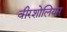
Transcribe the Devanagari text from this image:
वीरशोलियम्